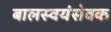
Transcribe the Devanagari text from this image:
बालस्वयंसेवक